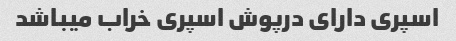
اسپری دارای درپوش اسپری خراب میباشد